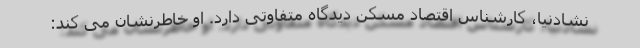
نشادنیا، کارشناس اقتصاد مسکن دیدگاه متفاوتی دارد. او خاطرنشان می کند: